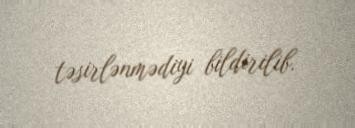
təsirlənmədiyi bildirilib.